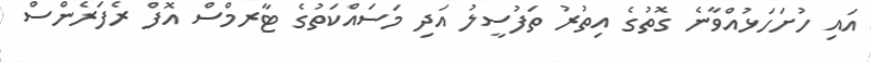
އައި ހުށަހަޅުއްވާނެ ގޮތުގެ އިތުރު ތަފުސީލު އަދި މަސައްކަތުގެ ޓާރމްސް އޮފް ރެފަރެންސް